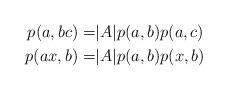
LaTeX: \begin{align*} p(a,bc) =& |A| p(a,b)p(a,c)\\ p(ax,b) =& |A| p(a,b)p(x,b) \end{align*}